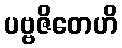
ပဗ္ဗဇိတေဟိ